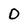
Character: D